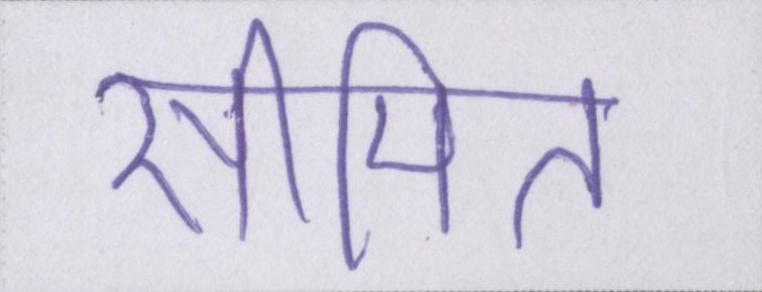
सीमित